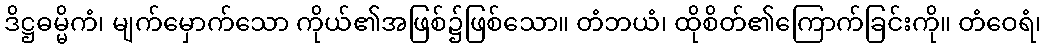
ဒိဋ္ဌဓမ္မိကံ၊ မျက်မှောက်သော ကိုယ်၏အဖြစ်၌ဖြစ်သော။ တံဘယံ၊ ထိုစိတ်၏ကြောက်ခြင်းကို။ တံဝေရံ၊